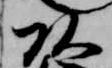
頭